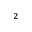
^ 2